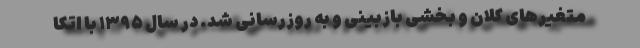
متغیرهای کلان و بخشی بازبینی و به روزرسانی شد. در سال ۱۳۹۵ با اتکا